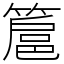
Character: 簄